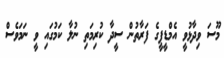
މޫސަ ވިދާޅުވީ އެމްޑީޕީގެ ފަރާތުން ސީދާ ކުރިމަތި ނުލާ ކަމުގައި ވީ ނަމަވެސް